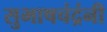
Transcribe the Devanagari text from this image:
सुभाषचंद्रंनी